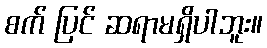
စက် ပြင် ဆရာမရှိပါဘူး။